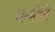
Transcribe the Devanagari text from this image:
जन्मोनि